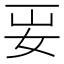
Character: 𡛎